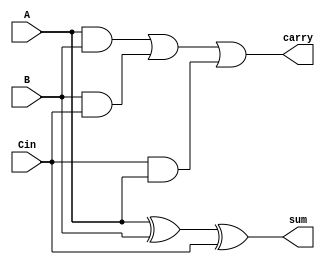
`timescale 1ns / 1ps
//////////////////////////////////////////////////////////////////////////////////
// Company: 
// Engineer: 
// 
// Design Name: 
// Module Name:    fulladderD 
// Project Name: 
// Target Devices: 
// Tool versions: 
// Description: 
//
// Dependencies: 
//
// Revision: 
// Revision 0.01 - File Created
// Additional Comments: 
//
//////////////////////////////////////////////////////////////////////////////////
module fulladderD(sum,carry,A,B,Cin
    );
input A,B,Cin;
output sum,carry;
assign sum=A^B^Cin;
assign carry=((A&B)|(B&Cin)|(Cin&A));

endmodule